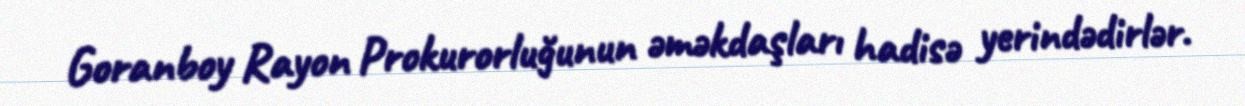
Goranboy Rayon Prokurorluğunun əməkdaşları hadisə yerindədirlər.